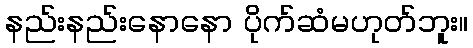
နည်းနည်းနောနော ပိုက်ဆံမဟုတ်ဘူး။